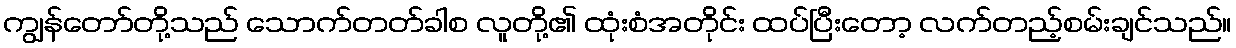
ကျွန်တော်တို့သည် သောက်တတ်ခါစ လူတို့၏ ထုံးစံအတိုင်း ထပ်ပြီးတော့ လက်တည့်စမ်းချင်သည်။